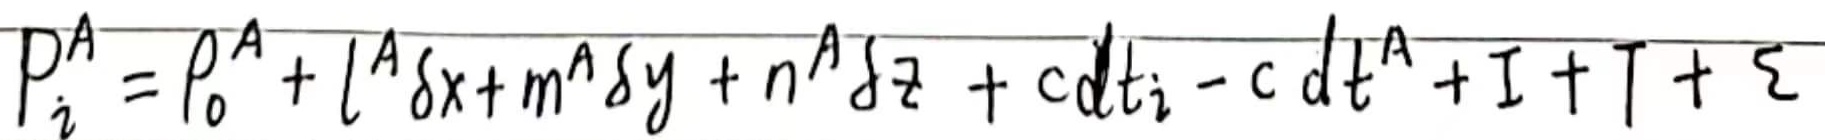
\[P_{i}^{A}=\rho_{0}^{A}+l^{A}\delta x + m^{A}\delta y + n^{A}\delta z+cdt_{i}-cdt^{A}+\mathrm{I}+\mathrm{T}+\xi\]